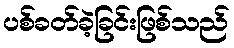
ပစ်ခတ်ခဲ့ခြင်းဖြစ်သည်